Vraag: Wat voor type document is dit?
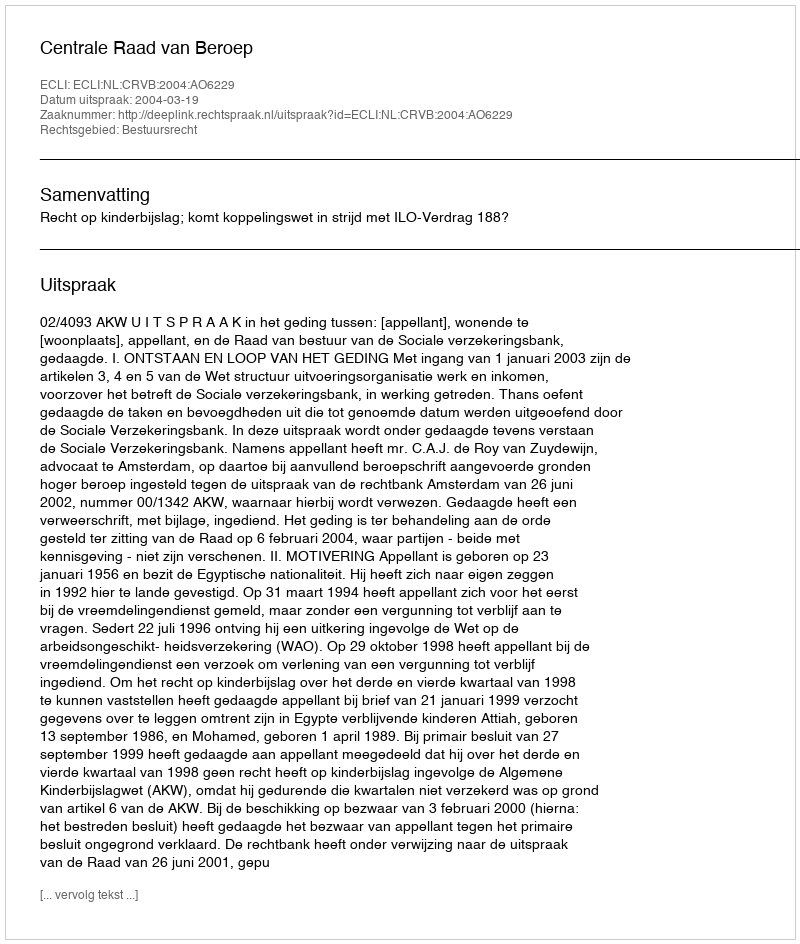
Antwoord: Uitspraak